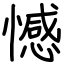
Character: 憾